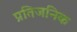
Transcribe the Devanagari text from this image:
प्रतिजनिक